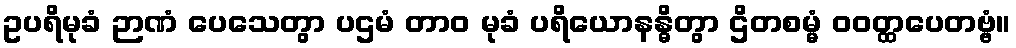
ဥပရိမုခံ ဉာဏံ ပေသေတွာ ပဌမံ တာဝ မုခံ ပရိယောနန္ဓိတွာ ဌိတစမ္မံ ဝဝတ္ထပေတဗ္ဗံ။